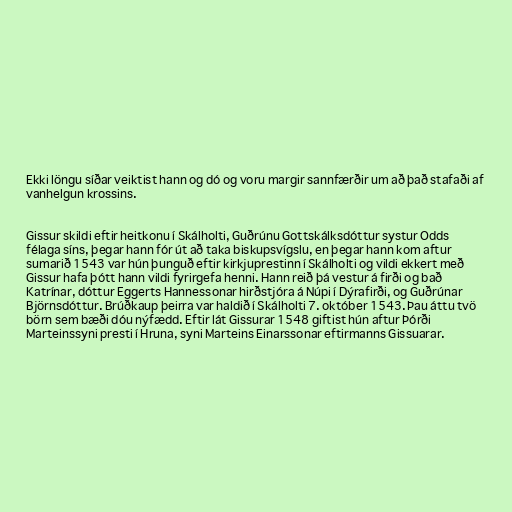
Ekki löngu síðar veiktist hann og dó og voru margir sannfærðir um að það stafaði af
vanhelgun krossins.

Gissur skildi eftir heitkonu í Skálholti, Guðrúnu Gottskálksdóttur systur Odds
félaga síns, þegar hann fór út að taka biskupsvígslu, en þegar hann kom aftur
sumarið 1543 var hún þunguð eftir kirkjuprestinn í Skálholti og vildi ekkert með
Gissur hafa þótt hann vildi fyrirgefa henni. Hann reið þá vestur á firði og bað
Katrínar, dóttur Eggerts Hannessonar hirðstjóra á Núpi í Dýrafirði, og Guðrúnar
Björnsdóttur. Brúðkaup þeirra var haldið í Skálholti 7. október 1543. Þau áttu tvö
börn sem bæði dóu nýfædd. Eftir lát Gissurar 1548 giftist hún aftur Þórði
Marteinssyni presti í Hruna, syni Marteins Einarssonar eftirmanns Gissuarar.